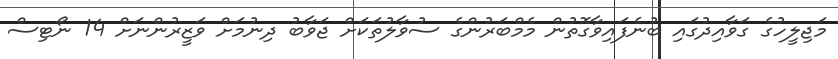
މަޖިލީހުގެ ގަވާއިދުގައި ބުނެފައިވާގޮތުން މެމްބަރުންގެ ސުވާލުތަކަށް ޖަވާބު ދިނުމަށް ވަޒީރުންނަށް 14 ނޯޓިސް